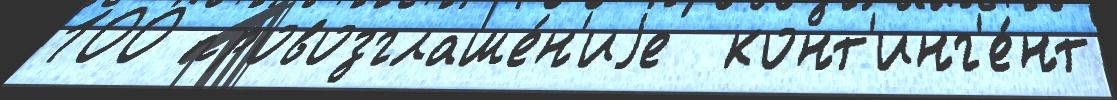
100 провозглаше́н'иjе  конт'инг'е́нт